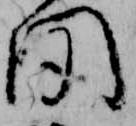
聞